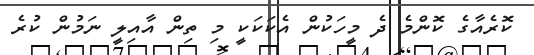
ކޮރެއާގެ ކޮންމެ ދެ މީހަކުން އެކަކަކީ މި ތިން އާއިލީ ނަމުން ކުރެ